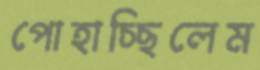
পোহাচ্ছিলেম